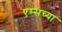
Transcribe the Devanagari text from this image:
एम्सच्या